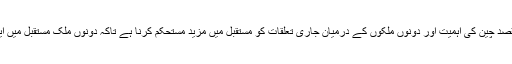
عرب میڈیا کے مطابق سعودی عرب کے تعلیمی اداروں میں چینی زبان سکھانے کے منصوبہ کا مقصد چین کی اہمیت اور دونوں ملکوں کے درمیان جاری تعلقات کو مستقبل میں مزید مستحکم کرنا ہے تاکہ دونوں ملک مستقبل میں ایک دوسرے کی اقتصادی قوت اور سرمایہ کاری کے موقع پر بھرپور طریقے سے استفادہ کرسکیں۔